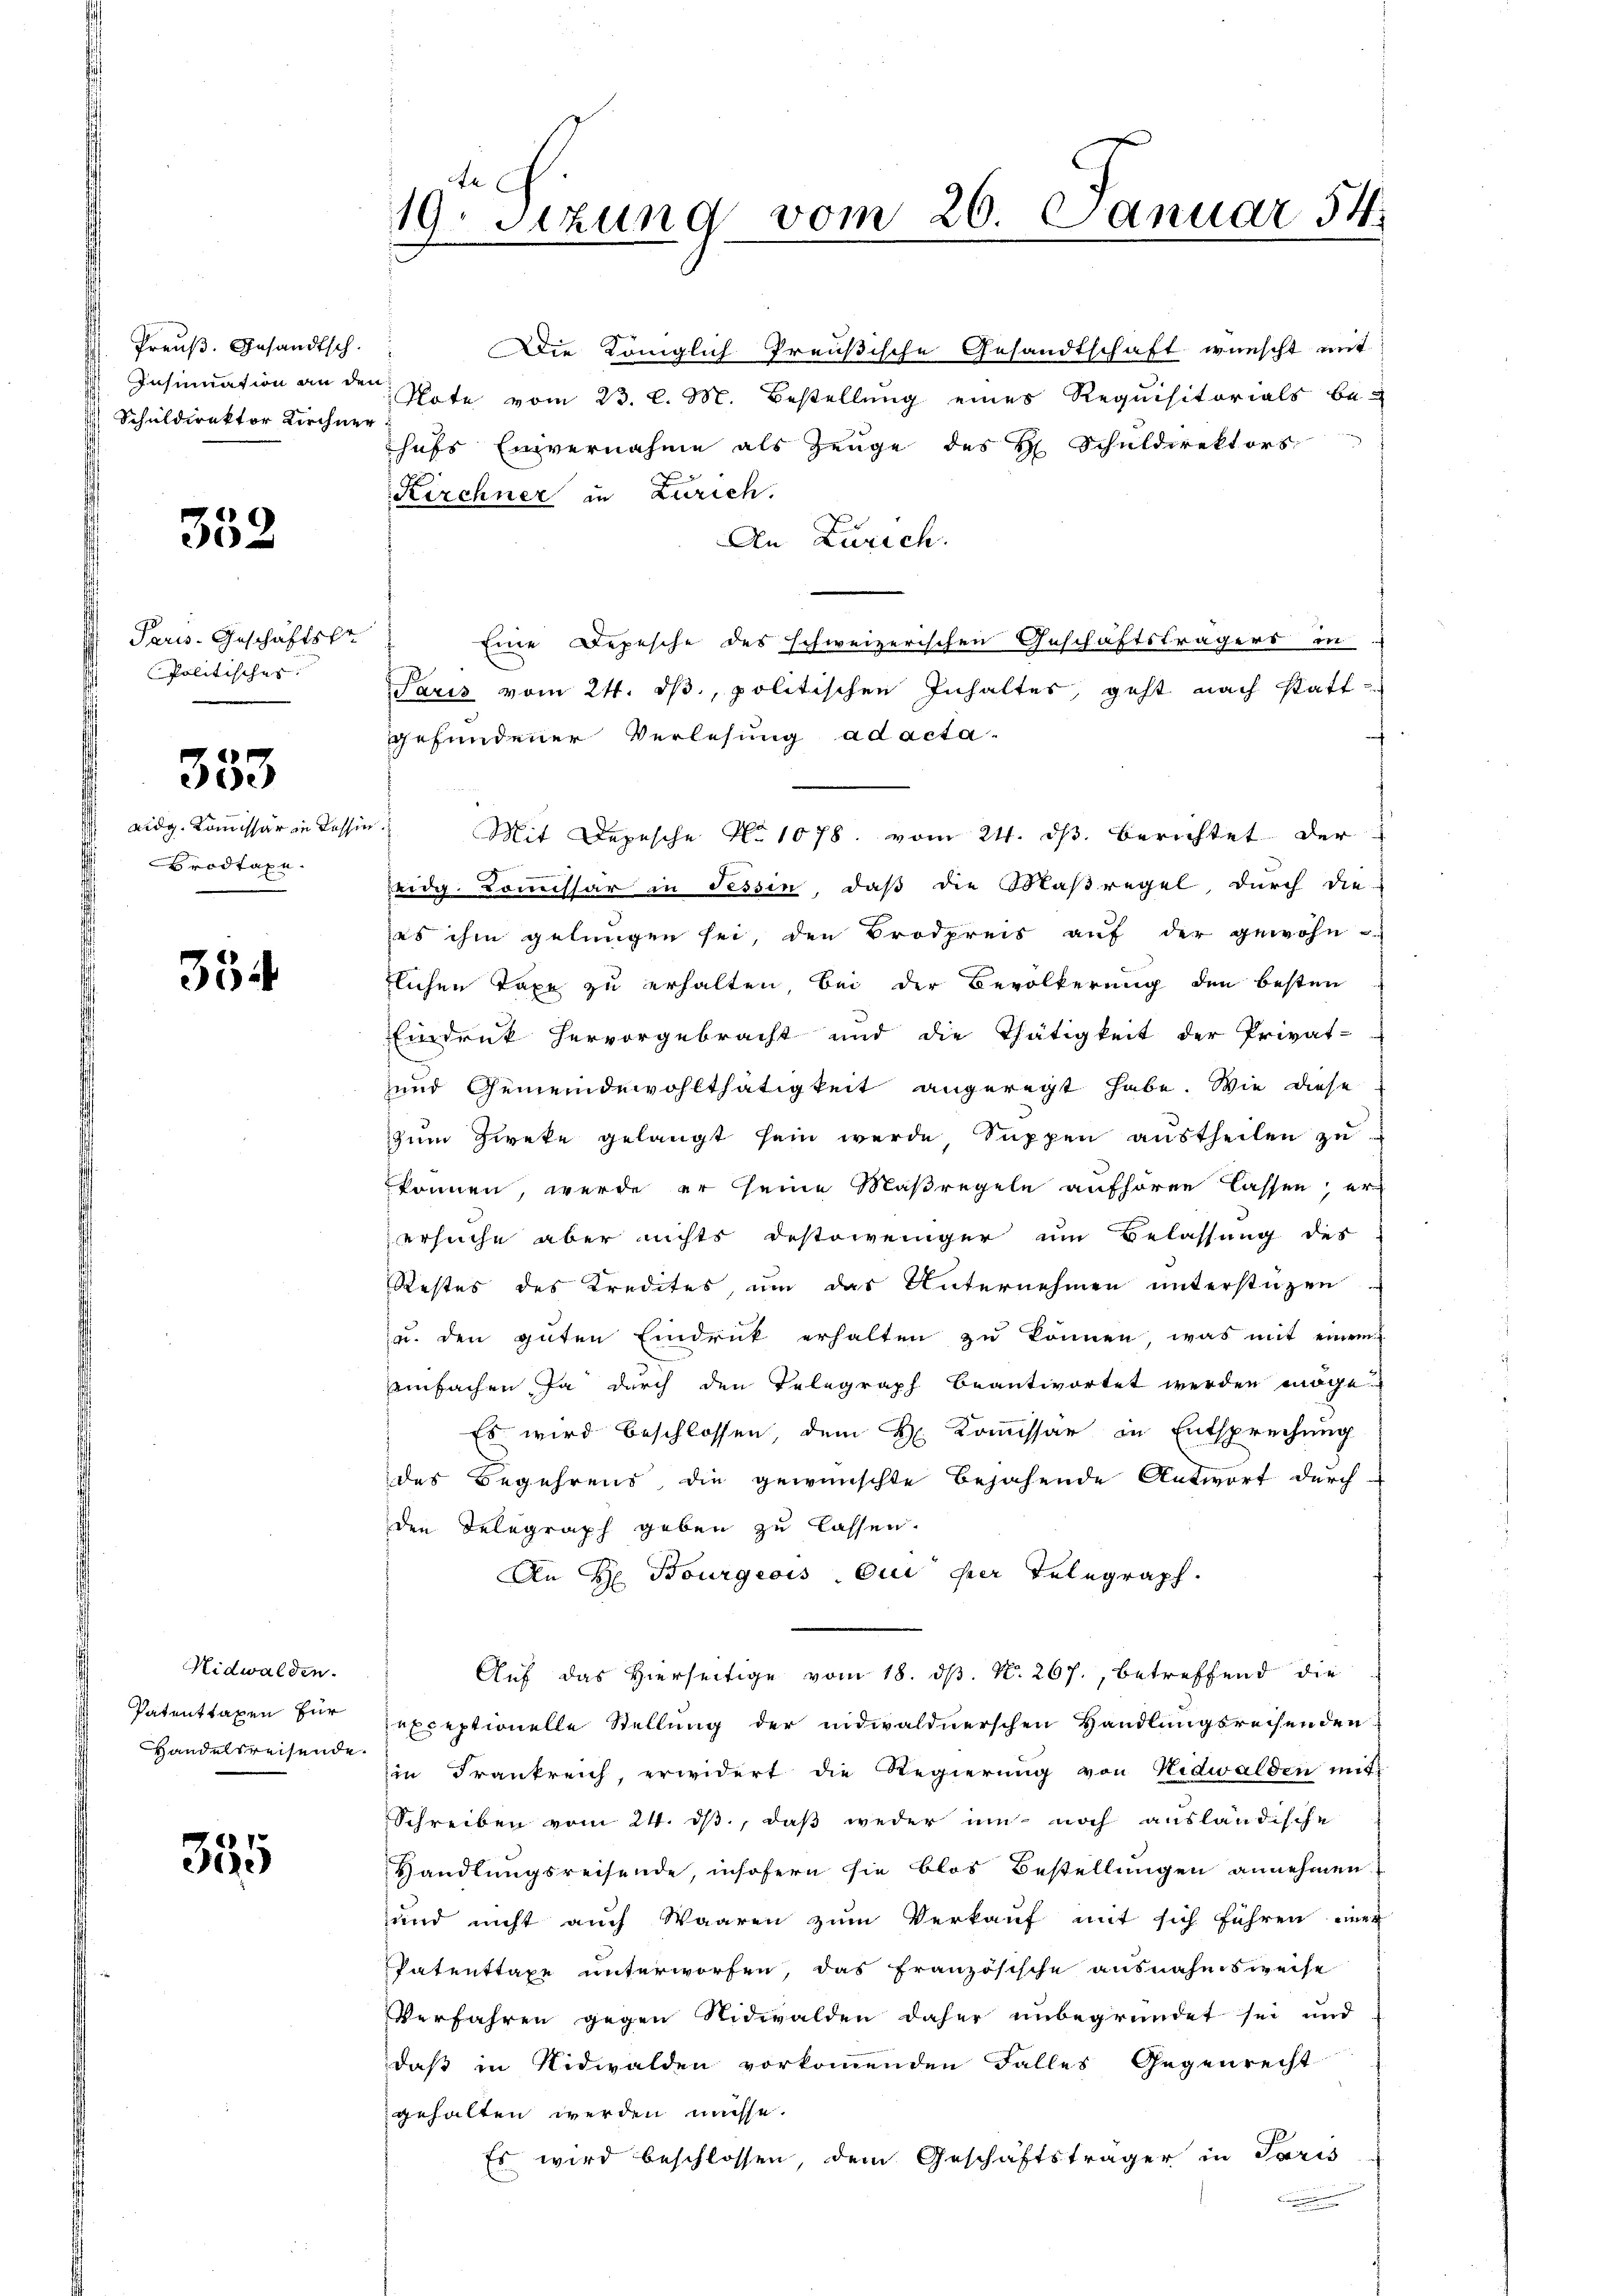
Preuß. Gesandtsch.
Insinuation an de
Schuldirektor Kirchne

352

I Paris. Geschäftskr
Politisches. |

353

eidg. Kommissär in Kasse
Brodtaxe.

354

Nidwalden.
Patenttaxen für
Handelsreisende

355

n
19. Sizung vom 26. Januar 54.

Die Königlich Preußische Gesandtschaft wünscht mit
Note vom 23. l. M. Bestellung eines Requisitorials behufs Einvernahme als Zeuge des H. Schuldirektors
Kirchner in Zürich.
An Zürich.
Eine Depesche des schweizerischen Geschäftsträgers in
Paris vom 24. ds, politischen Inhaltes, geht nach statt-
gefundener Verlesung ad acta.
s
 Mit Depesche No 1078. vom 24. dβ berichtet der
eidg. Commissär in Tessin, daß die Maßregel, durch die
as ihm gelungen sei, den Brodpreis auf der gewohn-
tlichen Taxe zu erhalten, bei der Bevölkerung den besten
Eindruck hervorgebracht und die Thätigkeit der Privat-
und Gemeindewohlthätigkeit angeregt habe. Wie diese
zum Zwete gelangt sein werde Suppen austheilen zu
können, werde er seine Maßregeln aufhören lassen, er-
ersuche aber nichts destoweniger um Belassung des
Restes des Kredites, um das Unternehmen unterstüzen
u. den guten Eindruck erhalten zu können, was mit einem
eeinfachen Ja durch den Telegraph beantwortet werden möge.
Es wird beschlossen dem H. Kommissär in Entsprechung
des Begehrend die gewünschte Bejahende Antwort durch
den Delegraph geben zu lassen.
An H. Bourgeois qui per Telegraph
Auf das Hierseitige vom 18. ds. N. 267., betreffend die
exceptionelle Stellung der nidwaldnerschen Handlungsrechenden
in Frankreich, erwidert die Regierung von Nidwalden mit
Schreiben vom 24. ds, daß weder um noch ausländische
Handlungsreisende, insofern sie blos Bestellungen annehmen.
und nicht auch Waaren zum Verkauf mit sich führen wer
Patenttaxe unterworfen, das französische ausnahmsweise
Verfahren gegen Nidwalden daher unbegründet sei und
daß in Nidwalden vorkommenden Falles Gegenrecht
gehalten werden müsse.
Es wird beschlossen, dem Geschäftsträger in Paris